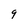
Character: 9